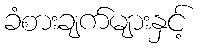
ခံစားချက်များနှင့်